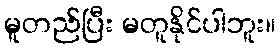
မူတည်ပြီး မတူနိုင်ပါဘူး။